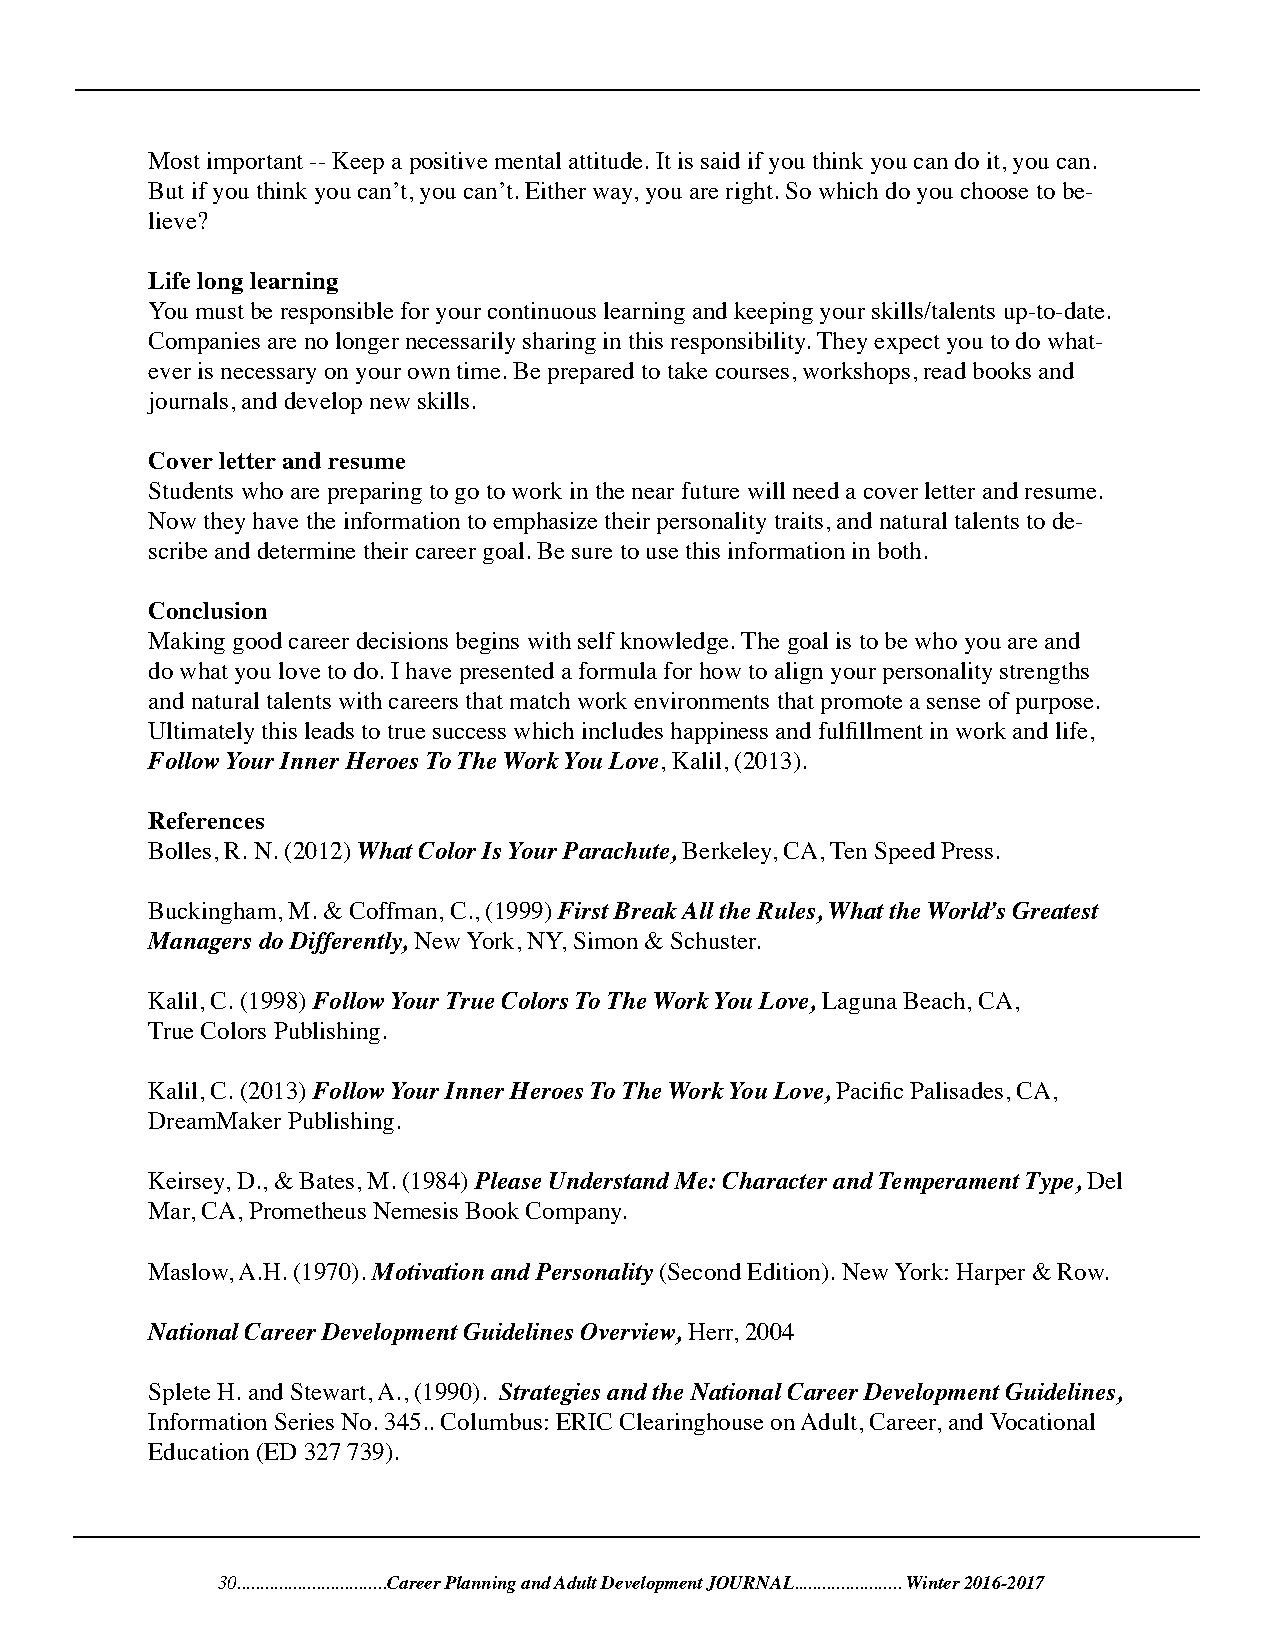
Most important -- Keep a positive mental attitude. It is said if you think you can do it, you can.
 But if you think you can’t, you can’t. Either way, you are right. So which do you choose to be-
 lieve?
 Life long learning
 You must be responsible for your continuous learning and keeping your skills/talents up-to-date.
 Companies are no longer necessarily sharing in this responsibility. They expect you to do what-
 ever is necessary on your own time. Be prepared to take courses, workshops, read books and
 journals, and develop new skills.
 Cover letter and resume
 Students who are preparing to go to work in the near future will need a cover letter and resume.
 Now they have the information to emphasize their personality traits, and natural talents to de-
 scribe and determine their career goal. Be sure to use this information in both.
 Conclusion
 Making good career decisions begins with self knowledge. The goal is to be who you are and
 do what you love to do. I have presented a formula for how to align your personality strengths
 and natural talents with careers that match work environments that promote a sense of purpose.
 Ultimately this leads to true success which includes happiness and fulfillment in work and life,
 Follow Your Inner Heroes To The Work You Love, Kalil, (2013).
 References
 Bolles, R. N. (2012) What Color Is Your Parachute, Berkeley, CA, Ten Speed Press.
 Buckingham, M. & Coffman, C., (1999) First Break All the Rules, What the World’s Greatest
 Managers do Differently, New York, NY, Simon & Schuster.
 Kalil, C. (1998) Follow Your True Colors To The Work You Love, Laguna Beach, CA,
 True Colors Publishing.
 Kalil, C. (2013) Follow Your Inner Heroes To The Work You Love, Pacific Palisades, CA,
 DreamMaker Publishing.
 Keirsey, D., & Bates, M. (1984) Please Understand Me: Character and Temperament Type, Del
 Mar, CA, Prometheus Nemesis Book Company.
 Maslow, A.H. (1970). Motivation and Personality (Second Edition). New York: Harper & Row.
 National Career Development Guidelines Overview, Herr, 2004
 Splete H. and Stewart, A., (1990). Strategies and the National Career Development Guidelines,
 Information Series No. 345.. Columbus: ERIC Clearinghouse on Adult, Career, and Vocational
 Education (ED 327 739).
 30................................Career Planning and Adult Development JOURNAL....................... Winter 2016-2017